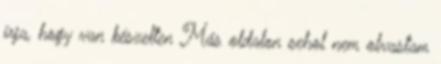
írja, hogy van készelten Más oldalon sehol nem olvastam